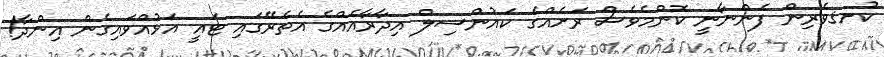
ކުށޤވެރިން ފެންނާނީ ކޮންމެވެސް ރަށެއްގެ ކައުންސިލް އިދާރާއެއްގެ އެތެރޭގައި ޓައީ އަޅުއްވައިގެން އިންދާ!